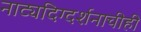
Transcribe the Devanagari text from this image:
नाट्यदिग्दर्शनाचीही